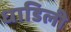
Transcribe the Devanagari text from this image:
धाडिली